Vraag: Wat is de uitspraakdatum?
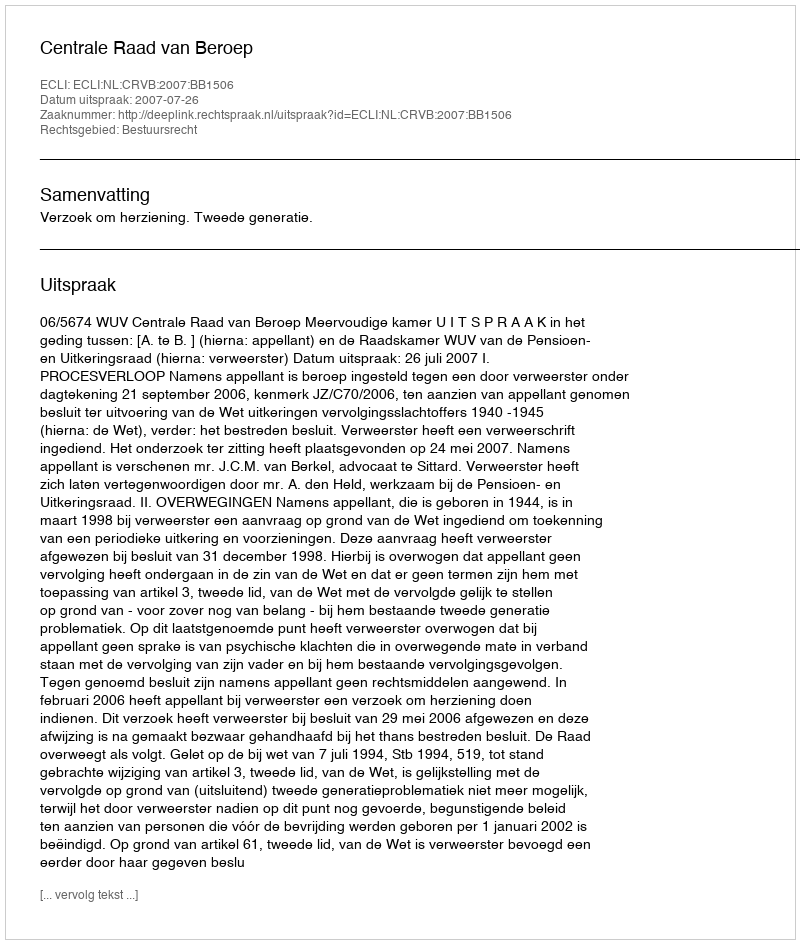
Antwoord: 2007-07-26